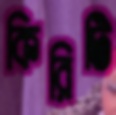
কিরিটি